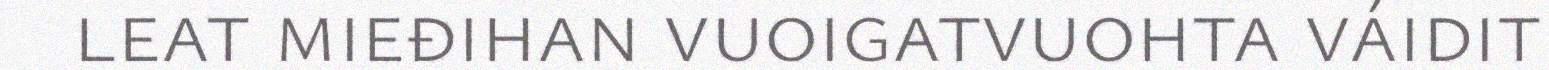
leat mieđihan vuoigatvuohta váidit